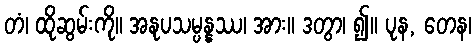
တံ၊ ထိုဆွမ်းကို။ အနုပသမ္ပန္နဿ၊ အား။ ဒတွာ၊ ၍။ ပုန, တေန၊